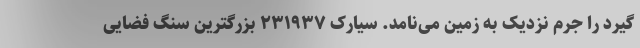
گیرد را جرم نزدیک به زمین می‌نامد. سیارک ۲۳۱۹۳۷ بزرگترین سنگ فضایی